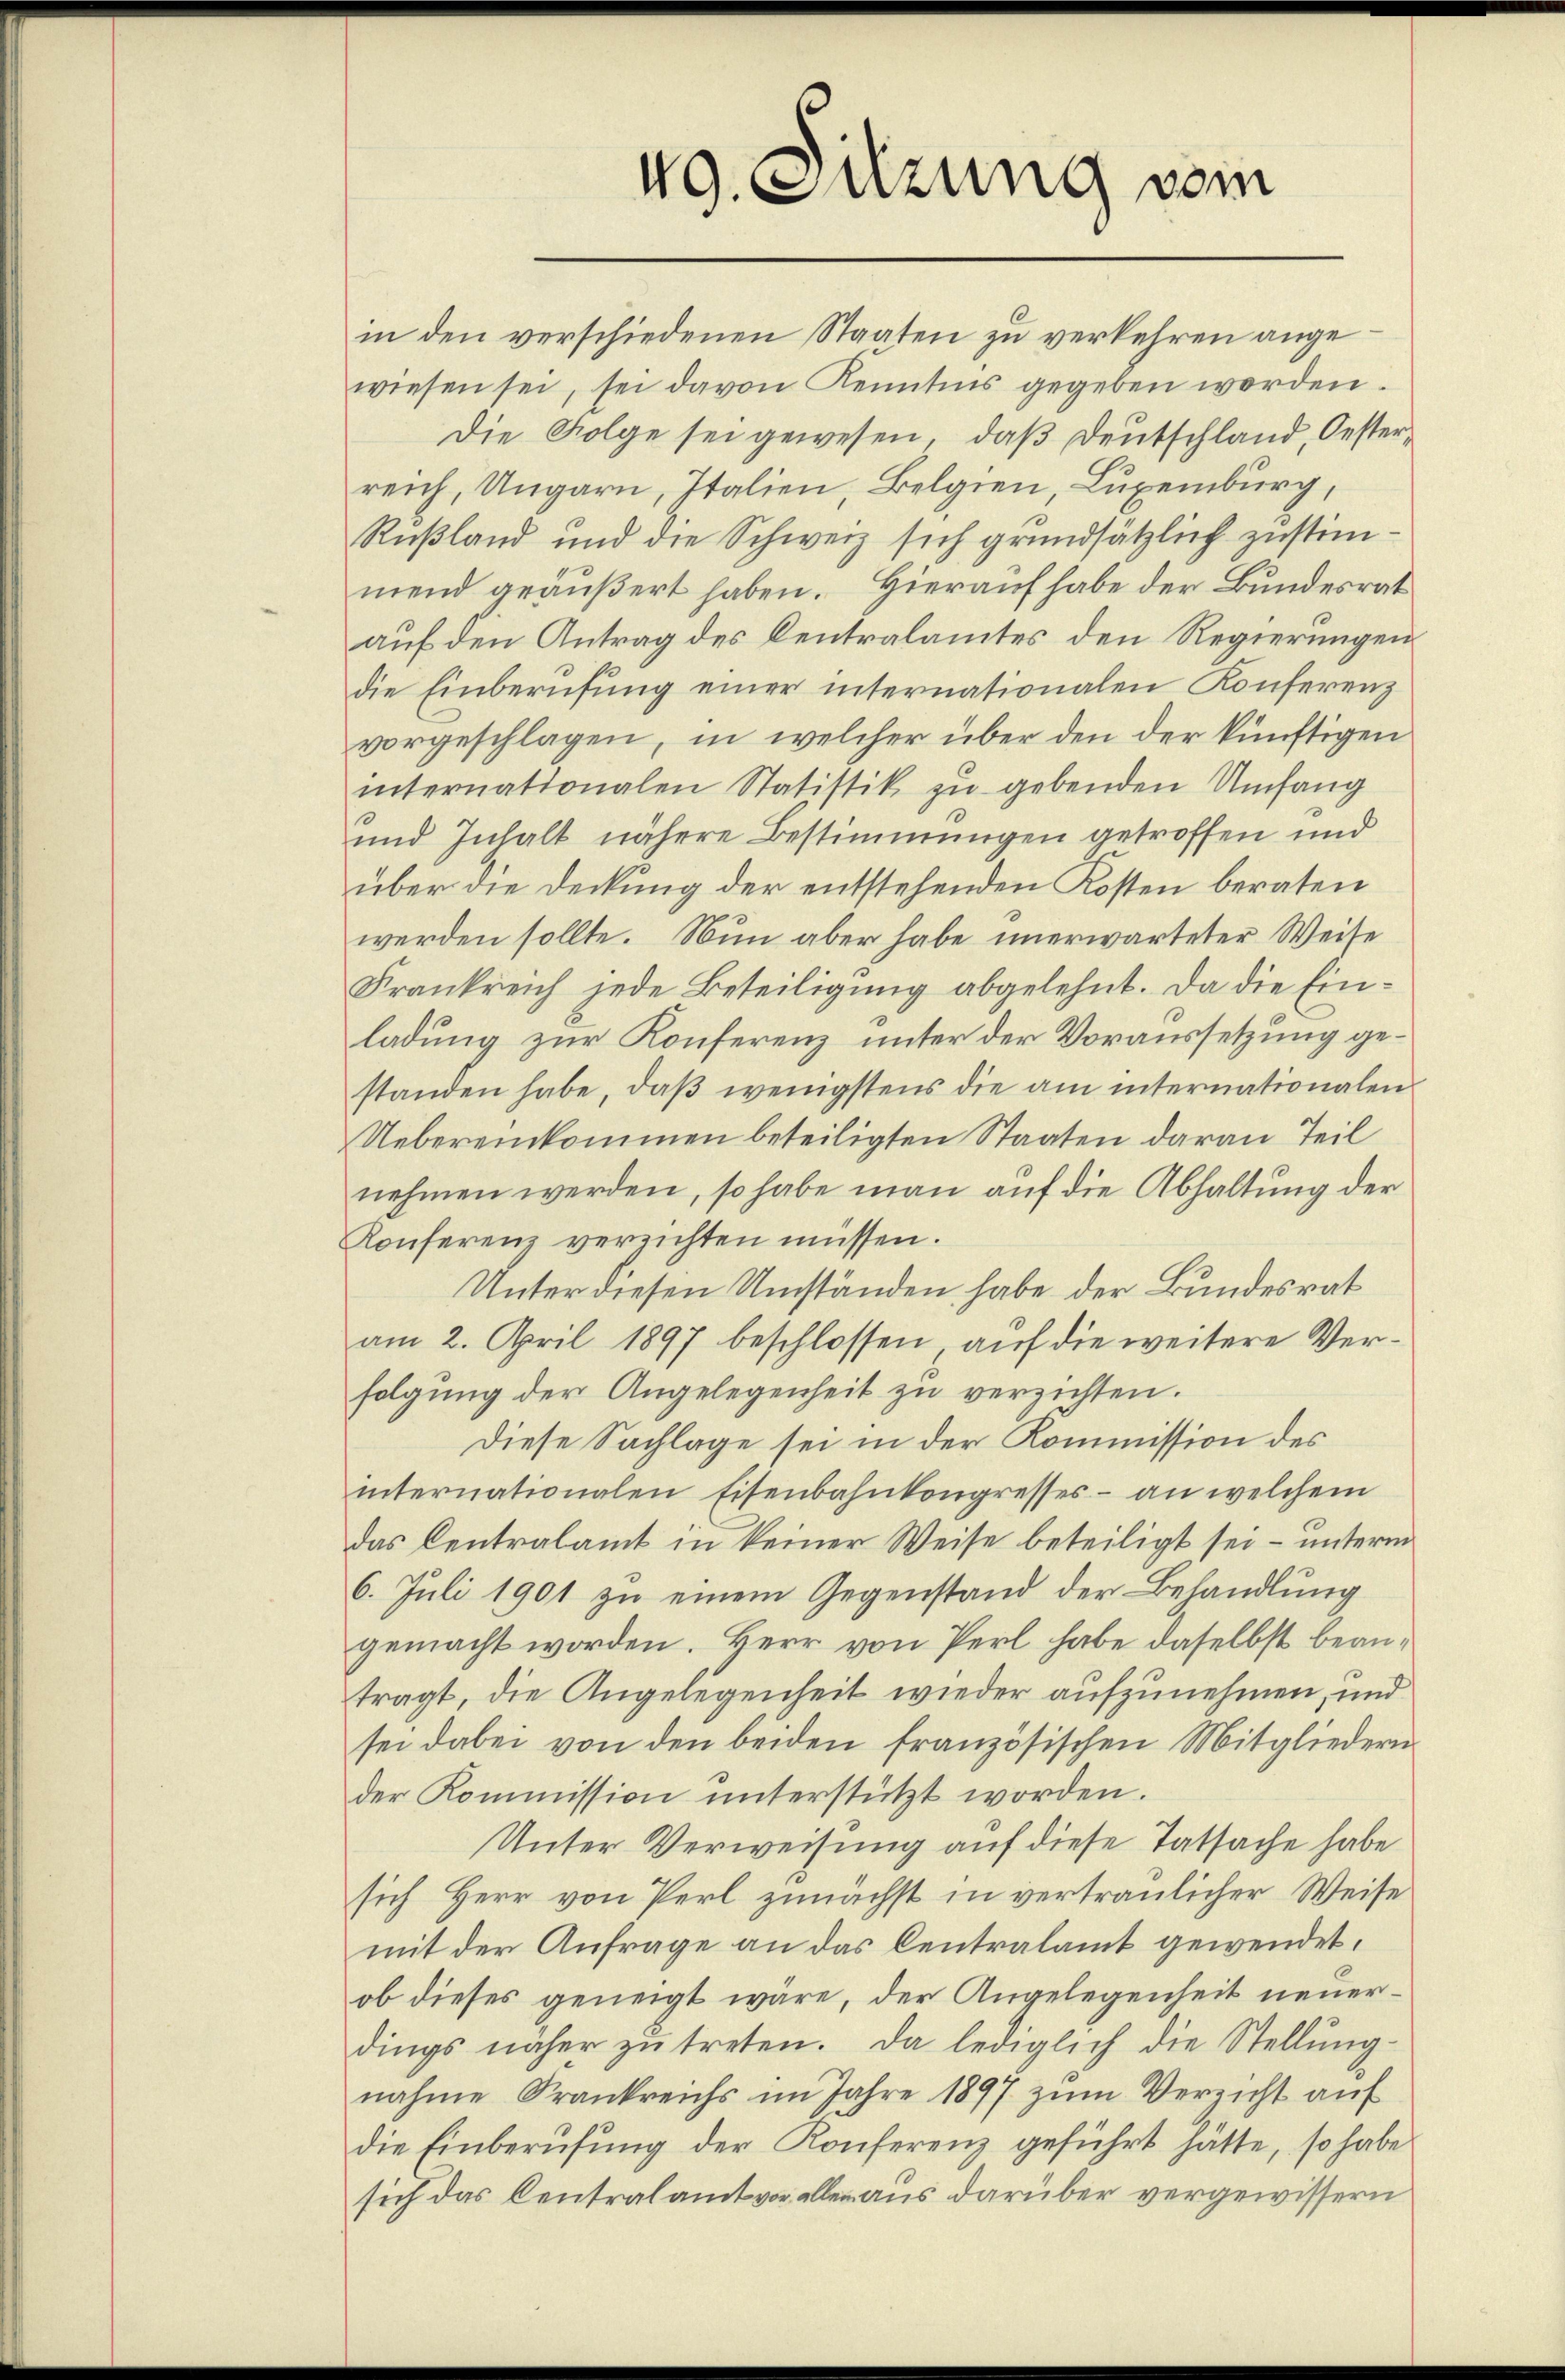
in den verschiedenen Staaten zu verkehren angewiesen sei, sei davon Kenntnis gegeben worden.
Die Folge sei gewesen, daß Deutschland, Oesterreich, Ungarn, Italien, Belgien, Luxenburg,
Rußland und die Schweiz sich grundsätzlich zustimmend geäußert haben. Hierauf habe der Bundesrat
auf den Antrag des Centralamtes den Regierungen
die Einberufung einer internationalen Konferenz
vorgeschlagen, in welcher über den der künftigen
internationalen Statistik zu gebenden Umfang
und Inhalt nähere Bestimmungen getroffen und
über die Deckung der entstehenden Kosten beraten
werden sollte. Nun aber habe unerwarteter Weise
Frankreich jede Beteiligung abgelehnt. Da die Einladung zur Konferenz unter der Voraussetzung gestanden habe, daβ wenigstens die am internationalen
Uebereinkommen beteiligten Staaten daran Teil
nehmen werden, so habe man auf die Abhaltung der
Konferenz verzichten müssen.
Unter diesen Umständen habe der Bundesrat
am 2. April 1897 beschlossen, auf die weitere Verfolgung der Angelegenheit zu verzichten.
Diese Sachlage sei in der Kommission des
internationalen Eisenbahnkongresses an welchem
das Centralamt in keiner Weise beteiligt sei – unterm
6. Juli 1901 zu einem Gegenstand der Behandlung
gemacht worden. Herr von Perl habe daselbst beantragt, die Angelegenheit wieder aufzunehmen, und
sei dabei von den beiden französischen Mitgliedern
der Kommission unterstützt worden.
Unter Verweisung auf diese Tatsache habe
sich Herr von Perl zunächst in vertraulicher Weise
mit der Anfrage an das Centralamt gewendet,
ob dieses geneigt wäre, der Angelegenheit neuerdings näher zŭ treten. Da lediglich die Stellŭng
nahme Frankreichs im Jahre 1897 zum Verzicht auf
die Einberufung der Konferenz geführt hätte, so habe
sich das Centralamt vor allen aus darüber vergewissern

49. Sitzung vom